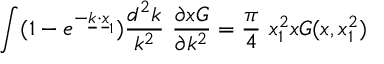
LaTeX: \int ( 1 - e ^ { - \underline { { { k } } } \cdot \underline { { { x } } } _ { 1 } } ) { \frac { d ^ { 2 } k } { k ^ { 2 } } } \ { \frac { \partial x G } { \partial k ^ { 2 } } } = { \frac { \pi } { 4 } } \ x _ { 1 } ^ { 2 } x G ( x , x _ { 1 } ^ { 2 } )